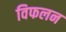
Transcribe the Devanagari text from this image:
विफलन